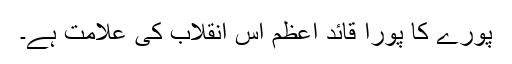
پورے کا پورا قائد اعظم اس انقلاب کی علامت ہے۔